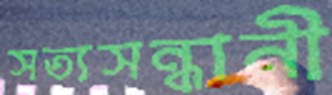
সত্যসন্ধানী